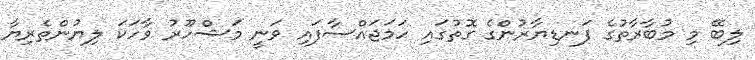
ލިބޭ މި މުބާރާތުގެ ފަނޑިޔާރުންގެ ގޮތުގައި ހަމަޖައްސާފައި ވަނީ މަޝްހޫރު ވާހަކަ ލިޔުންތެރިޔާ